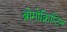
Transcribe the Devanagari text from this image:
ब्रोमोक्रिप्टिन